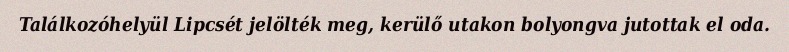
Találkozóhelyül Lipcsét jelölték meg, kerülő utakon bolyongva jutottak el oda.